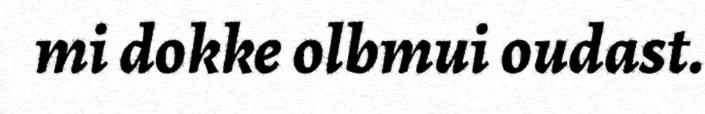
mi dokke olbmui oudast.